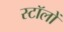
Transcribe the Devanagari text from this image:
स्टॉलों